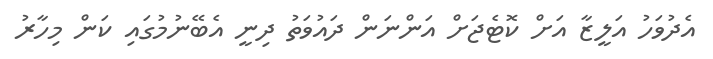
އެދުވަހު އަލީޒާ އަށް ކޮޓެޖަށް އަންނަން ދައުވަތު ދިނީ އެބޭނުމުގައި ކަން މިހާރު